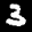
Label: 3